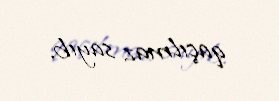
qaçılmaz sayıb.